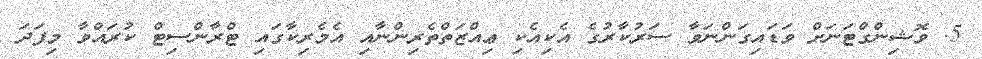
5. ވޮޝިންގްޓަނަށް ވަޑައިގަންނަވާ ސަރުކާރުގެ އެކިއެކި ޢިއްޒަތްތެރިންނާއި އެމެރިކާގައި ޓްރާންސިޓް ކުރައްވާ މިފަދަ